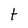
Character: t